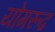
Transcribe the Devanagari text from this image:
योगरूढ